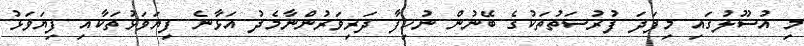
މި އުސޫލުގައި މިފަދަ ފުރުސަތުތަކުގެ ބޭނުން ނުހިފާ ދަރިވަރުންނާމެދު އަޅާނެ ފިޔަވަޅުތަކާއި ފިޔަވަޅު